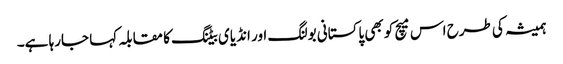
ہمیشہ کی طرح اس میچ کو بھی پاکستانی بولنگ اور انڈیای بیٹنگ کا مقابلہ کہا جارہا ہے۔